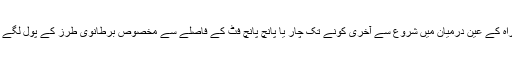
شاہراہ کے عین درمیان میں شروع سے آخری کونے تک چار یا پانچ پانچ فٹ کے فاصلے سے مخصوص برطانوی طرز کے پول لگے ہیں۔